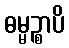
ဓမ္မဉ္စာပိ